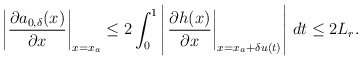
\begin{align*}\left|\dfrac{\partial a_{0,\delta}(x)}{\partial x}\right|_{x = x_a}\le 2 \int_0^1 \left|\left.\dfrac{\partial h(x)}{\partial x} \right|_{x = x_a+\delta u(t)} \right|\, dt \le 2 L_r. \end{align*}